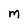
Character: M